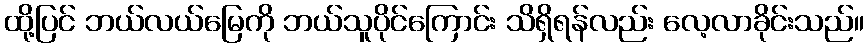
ထို့ပြင် ဘယ်လယ်မြေကို ဘယ်သူပိုင်ကြောင်း သိရှိရန်လည်း လေ့လာခိုင်းသည်။